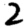
Digit: 2